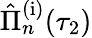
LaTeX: \hat{\Pi}_{n}^{\mathrm{(i)}}(\tau_{2})